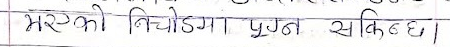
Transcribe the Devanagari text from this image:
भएको निचोडमा पुग्न सकिन्छ।